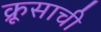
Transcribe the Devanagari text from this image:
क्रूसाची